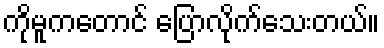
ကိုမူကတောင် ပြောလိုက်သေးတယ်။